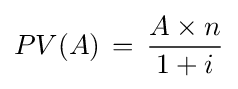
PV(A)\,=\,{A\times n \over 1+i}